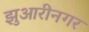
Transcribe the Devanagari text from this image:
झुआरीनगर